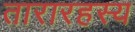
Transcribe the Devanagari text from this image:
तारारहस्य